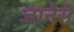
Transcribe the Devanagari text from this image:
जानेसे